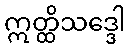
ဣတ္ထိသဒ္ဒေါ